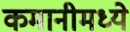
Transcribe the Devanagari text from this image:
कमानीमध्ये